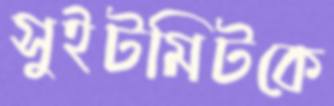
সুইটমিটকে